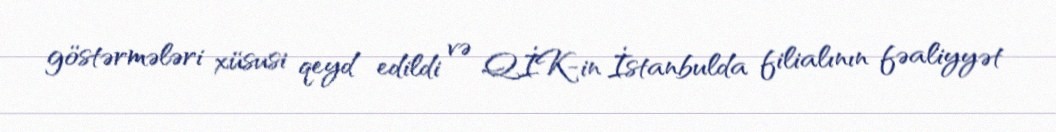
göstərmələri xüsusi qeyd edildi və QİK-in İstanbulda filialının fəaliyyət